Indian journal of veterinary science and animal husbandry - Volume 13,
Year: 1943
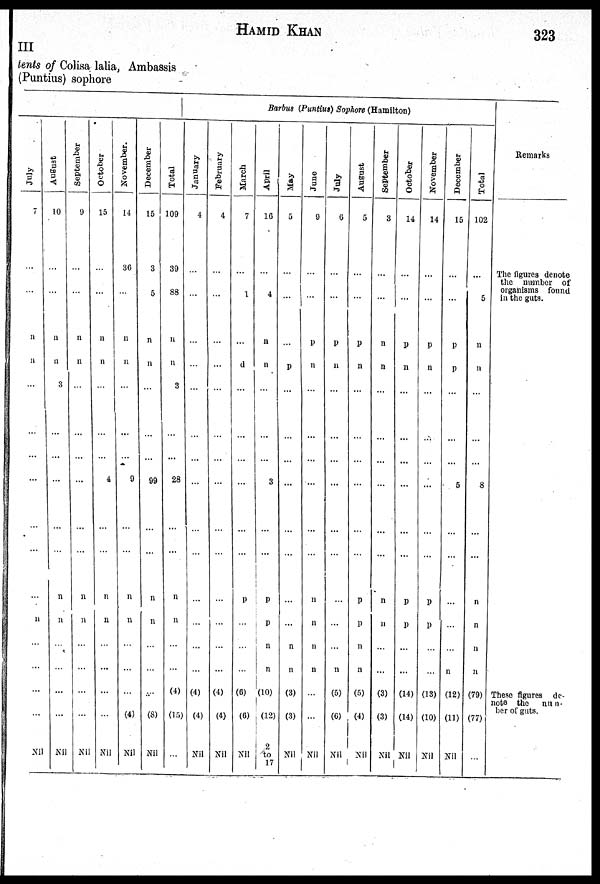
HAMID
KHAN
323
III
tents of Colisa lalia, Ambassis
(Puntius) sophore
July
7
...
...
n
n
...
...
...
...
...
...
...
n
...
...
...
...
Nil
August
10
...
...
n
n
3
...
...
...
...
...
n
n
...
...
...
...
Nil
September
9
...
...
n
n
...
...
...
...
...
...
n
n
...
...
...
...
Nil
October
15
...
...
n
n
...
...
...
...
...
...
n
n
...
...
...
...
Nil
November.
14
36
...
n
n
...
...
...
4
...
...
n
n
...
...
...
...
Nil
December
15
3
5
n
n
...
...
...
9
...
...
n
n
...
...
...
(4)
Nil
Total
109
39
88
n
n
...
...
...
99
...
...
n
n
...
...
(4)
(8)
Nil
Barbus (Puntius) Sophore (Hamilton)
January
4
...
...
...
...
3
...
...
28
...
...
...
...
...
...
(4)
(15)
...
February
4
...
...
...
...
...
...
...
...
...
...
...
...
...
...
(4)
(4)
Nil
March
7
...
1
...
d
...
...
...
...
...
...
p
...
...
...
(6)
(4)
Nil
April
16
...
4
n
n
...
...
...
...
...
...
p
p
n
n
(10)
(6)
Nil
May
5
...
...
...
p
...
...
...
3
...
...
...
...
n
n
(3)
(12)
2
to
17
June
9
...
...
p
n
...
...
...
...
...
...
n
n
n
n
...
(3)
Nil
July
6
...
...
p
n
...
...
...
...
...
...
...
...
...
n
(5)
(6)
Nil
August
5
...
...
p
n
...
...
...
...
...
...
p
p
n
n
(5)
(4)
Nil
September
3
...
...
n
n
...
...
...
...
...
...
n
n
...
...
(3)
(3)
Nil
October
14
...
...
p
n
...
...
...
...
...
...
p
p
...
...
(14)
(14)
Nil
November
14
...
...
p
n
...
...
...
...
...
...
p
P
...
...
(13)
(10)
Nil
December
15
...
...
p
p
...
...
...
5
...
...
...
...
...
n
(12)
(11)
Nil
Total
102
...
5
n
n
...
...
...
8
...
...
n
n
n
n
(79)
(77)
...
Remarks
The figures denote
the number of
organisms found
in the guts.
These figures de-
note the
num-
ber of guts.